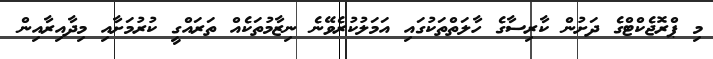
މި ޕްރޮޖެކްޓްގެ ދަށުން ކާރިސާގެ ހާލަތްތަކުގައި އަމަލުކުރެވޭނެ ނިޒާމުތަކެއް ތަރައްގީ ކުރުމަށާއި މިދާއިރާއިން